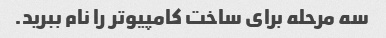
سه مرحله برای ساخت کامپیوتر را نام ببرید.